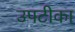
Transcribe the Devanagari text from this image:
उपटीका